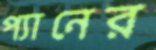
প্যানের